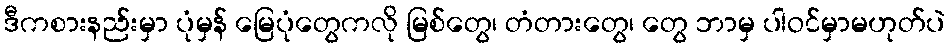
ဒီကစားနည်းမှာ ပုံမှန် မြေပုံတွေကလို မြစ်တွေ၊ တံတားတွေ၊ တွေ ဘာမှ ပါဝင်မှာမဟုတ်ပဲ